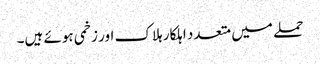
حملے میں متعدد اہلکار ہلاک اور زخمی ہوئے ہیں۔